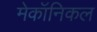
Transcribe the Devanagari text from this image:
मेकॉनिकल